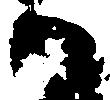
ハ